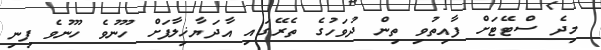
މިދެ ސްޓޭޓަށް ފާއިތުވި ތިން ދުވަހުގެ ތެރޭގައި އާދަޔާޚިލާފަށް ހޫނުވެ ހޫނުވެ ފިނި